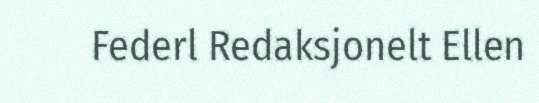
Federl Redaksjonelt Ellen